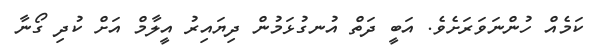
ކަމެއް ހުންނަވަރަށެވެ. އަބީ ދަތް އުނގުޅަމުން ދިޔައިރު އީލާމް އަށް ކުދި ގޯނާ